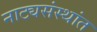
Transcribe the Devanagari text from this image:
नाट्यसंस्थांत